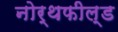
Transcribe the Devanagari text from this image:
नोर्थफील्ड